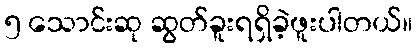
၅ သောင်းဆု ဆွတ်ခူးရရှိခဲ့ဖူးပါတယ်။